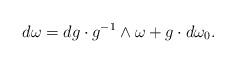
LaTeX: \begin{align*} d \omega = dg \cdot g^{-1} \wedge \omega + g \cdot d \omega_{0}.\end{align*}